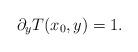
\begin{align*}\partial_y T(x_0,y) =1.\end{align*}